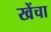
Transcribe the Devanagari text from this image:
खेंचा